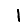
Digit: 1